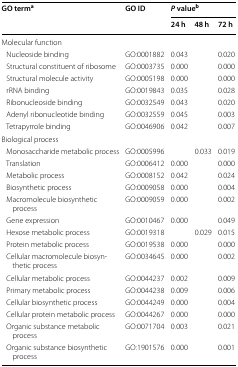
<table><thead><tr><td rowspan="2"><b>GO term<sup>a</sup></b></td><td rowspan="2"><b>GO ID</b></td><td colspan="3"><b><i>P</i> value<sup>b</sup></b></td></tr><tr><td><b>24 h</b></td><td><b>48 h</b></td><td><b>72 h</b></td></tr></thead><tbody><tr><td colspan="5">Molecular function</td></tr><tr><td> Nucleoside binding</td><td>GO:0001882</td><td>0.043</td><td></td><td>0.020</td></tr><tr><td> Structural constituent of ribosome</td><td>GO:0003735</td><td>0.000</td><td></td><td>0.000</td></tr><tr><td> Structural molecule activity</td><td>GO:0005198</td><td>0.000</td><td></td><td>0.000</td></tr><tr><td> rRNA binding</td><td>GO:0019843</td><td>0.035</td><td></td><td>0.028</td></tr><tr><td> Ribonucleoside binding</td><td>GO:0032549</td><td>0.043</td><td></td><td>0.020</td></tr><tr><td> Adenyl ribonucleotide binding</td><td>GO:0032559</td><td>0.045</td><td></td><td>0.003</td></tr><tr><td> Tetrapyrrole binding</td><td>GO:0046906</td><td>0.042</td><td></td><td>0.007</td></tr><tr><td colspan="5">Biological process</td></tr><tr><td> Monosaccharide metabolic process</td><td>GO:0005996</td><td></td><td>0.033</td><td>0.019</td></tr><tr><td> Translation</td><td>GO:0006412</td><td>0.000</td><td></td><td>0.000</td></tr><tr><td> Metabolic process</td><td>GO:0008152</td><td>0.042</td><td></td><td>0.024</td></tr><tr><td> Biosynthetic process</td><td>GO:0009058</td><td>0.000</td><td></td><td>0.004</td></tr><tr><td> Macromolecule biosynthetic process</td><td>GO:0009059</td><td>0.000</td><td></td><td>0.002</td></tr><tr><td> Gene expression</td><td>GO:0010467</td><td>0.000</td><td></td><td>0.049</td></tr><tr><td> Hexose metabolic process</td><td>GO:0019318</td><td></td><td>0.029</td><td>0.015</td></tr><tr><td> Protein metabolic process</td><td>GO:0019538</td><td>0.000</td><td></td><td>0.000</td></tr><tr><td> Cellular macromolecule biosynthetic process</td><td>GO:0034645</td><td>0.000</td><td></td><td>0.002</td></tr><tr><td> Cellular metabolic process</td><td>GO:0044237</td><td>0.002</td><td></td><td>0.009</td></tr><tr><td> Primary metabolic process</td><td>GO:0044238</td><td>0.009</td><td></td><td>0.006</td></tr><tr><td> Cellular biosynthetic process</td><td>GO:0044249</td><td>0.000</td><td></td><td>0.004</td></tr><tr><td> Cellular protein metabolic process</td><td>GO:0044267</td><td>0.000</td><td></td><td>0.000</td></tr><tr><td> Organic substance metabolic process</td><td>GO:0071704</td><td>0.003</td><td></td><td>0.021</td></tr><tr><td> Organic substance biosynthetic process</td><td>GO:1901576</td><td>0.000</td><td></td><td>0.001</td></tr></tbody></table>